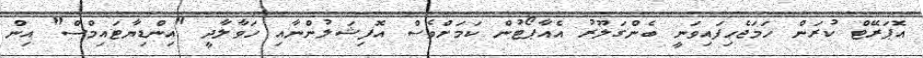
އޮޕަރޭޓް ކުރަން ހަމަޖެހިފައިވަނީ ބެންގަލޫރު އެއާޕޯޓުން ކަމަށްވެސް އޮފިޝަލުންނާއި ހަވާލާދީ "އިންޑިޔާޓައިމްސް" އިން